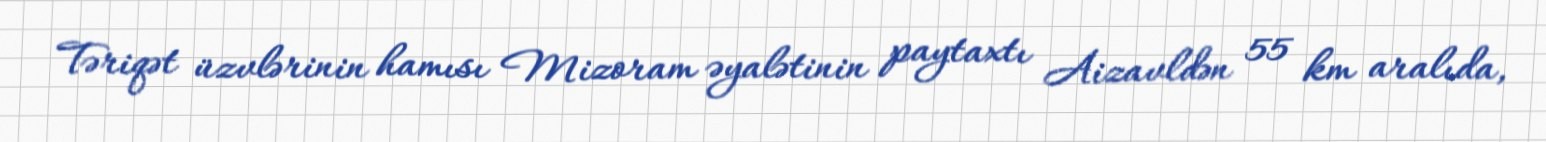
Təriqət üzvlərinin hamısı Mizoram əyalətinin paytaxtı Aizavldən 55 km aralıda,